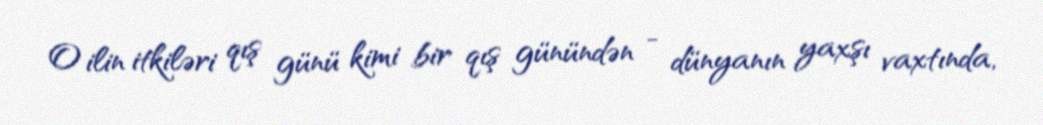
O ilin itkiləri qış günü kimi bir qış günündən - dünyanın yaxşı vaxtında,